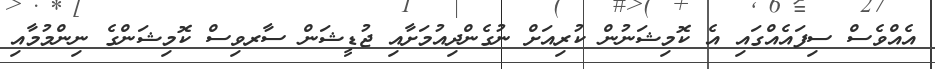
އެއްވެސް ސިފައެއްގައި އެ ކޮމިޝަނުން ކުރިއަށް ނުގެންދިއުމަށާއި ޖުޑީޝަން ސާރވިސް ކޮމިޝަންގެ ނިންމުމާއި